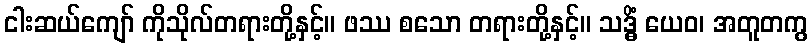
ငါးဆယ်ကျော် ကိုသိုလ်တရားတို့နှင့်။ ဖဿ စသော တရားတို့နှင့်။ သဒ္ဓိံ ယေဝ၊ အတူတကွ